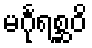
မင်္ဂုရစ္ဆဝိ